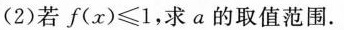
(2)若$$f ( x ) ≤ 1$$，求a的取值范围.